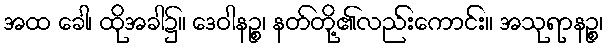
အထ ခေါ၊ ထိုအခါ၌။ ဒေဝါနဉ္စ၊ နတ်တို့၏လည်းကောင်း။ အသုရာနဉ္စ၊